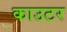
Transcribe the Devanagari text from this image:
काउटर